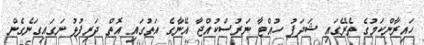
ހައިރާންކަމުގެ ތެރޭގައި ޝަދަފު ހުއްޓާ ނަރުސްކުއްޖާ އޭނާގެ އަތުގައި އޮތް ދަރިފުޅު ނަގައިގަނެގެން